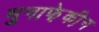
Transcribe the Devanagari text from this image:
मुनाफे़की़न